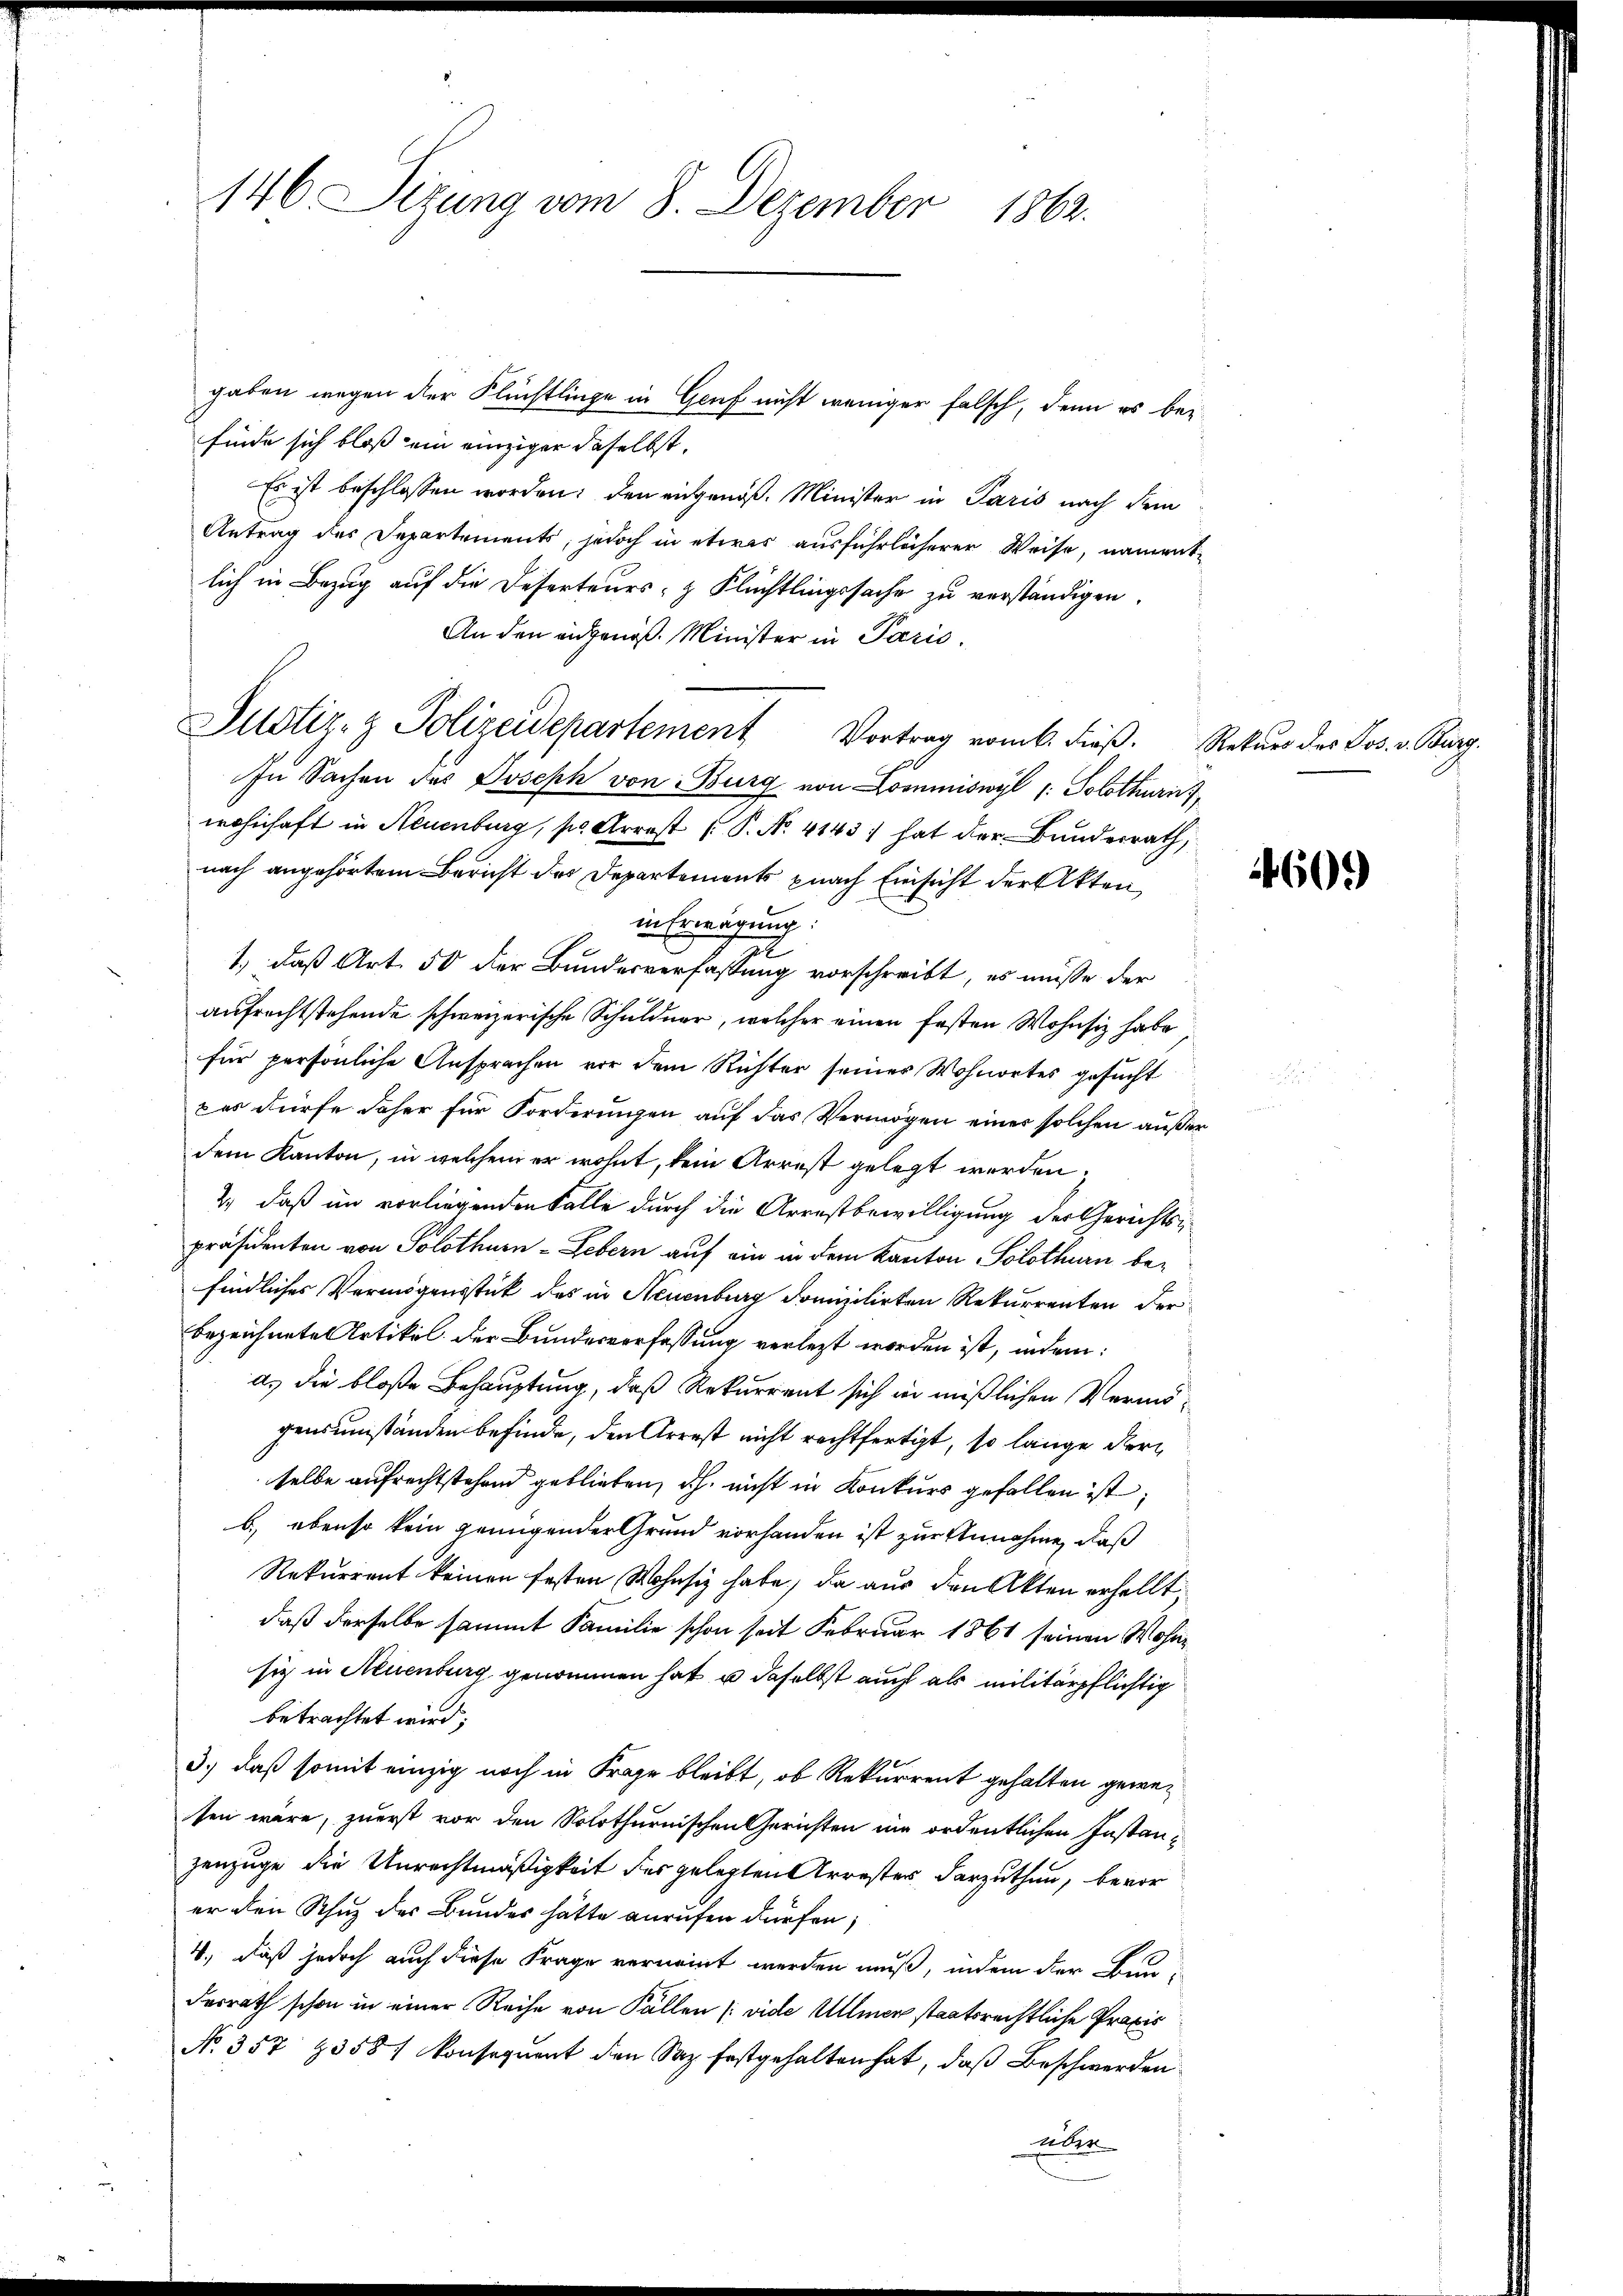
146 Sizung vom 8. Dezember 1862.

finde sich bloß ein einziger daselbst.
Es ist beschlossen worden; den eingenoß. Minister in Paris nach dem
Antrag des Departements, jedoch in etwas ausführlicherer Weise, namentlich in Bezug auf die Deserteurs- & Flüchtlingssache zu verständigen,
An den eidgenöß. Minister in Paris.
Justiz- & Polizeidepartement Vortrag vom k. Fieβ. Rekŭrs der Jos. v. Burg.
106
In Sachen des Joseph von Burg von Commiswyl /: Solothurich,
wohnhaft in Neuenburg, pr Arrest ( P. Nr. 4143) hat der Bunderrath,
nach angehörtem Bericht der Departements pnach Einsicht der Akten
in Erwägung:
1., daß Art. 50 der Bundesverfassung vorschreibt, es müße der
aufrechtstehende schweizerische Schuldner, welcher einen festen Wohnsiz habe
für persönliche Ansprachen vor dem Richter seiner Wohnortes gesucht
pes dürfe daher für Forderungen auf das Vermögen einer solchen außer
dem Kanton, in welchem er wohnt, kein Arrest gelegt werden,
2. daß im vorliegenden Falle durch die Arrestbewilligung der Gerichtspräsidenten von Solothurn - Lebern auf ein in dem Kanton Solothurn befindliches Vermögensstück des in Neuenburg domizilirten Rekurrenten der
Bezeichnete Artikel der Bundesverfassung verlezt worden ist, indem:
a. die bloße Behauptung, daß Rekurrent sich in mißlichen Vermögensumständen befinde, den Arrest nicht rechtfertigt, so lange der
selbe aufrechtstehend geblieben, dh. nicht in Konkurs gefallen ist;
b) ebenso kein genügender Grund vorhanden ist zur Annahme, daß
Rekurrent keinen festen Wohnsiz habe, da aus den Akten erhellt,
daß derselbe sammt Familie schon seit Februar 1861 seinen Wohn
siz in Neuenburg genommen hat, u daselbst auch als militärpflichtig
betrachtet wird;
3.) daß somit einzig noch in Frage bleibt, ob Rekurrent gehalten gewesen wäre, zuerst vor den Solothurnischen Gerichten im ordentlichen Instanzenzuge die Unrechtmäßigkeit des gelegten Arrester darzuthun, bevor
er den Schuz des Bundes hätte anrufen dürfen,
4., daß jedoch auch diese Frage vernennt werden muß, indem der Bendesrath schon in einer Reihe von Fällen (vide Ulmer staatsrechtliche Praxis
No. 357 & 3581 konsequent den Saz festgehalten hat, daß Beschwerden
über

gaben wegen der Flüchtlinge in Genf nicht weniger falsch, denn es bei

609)